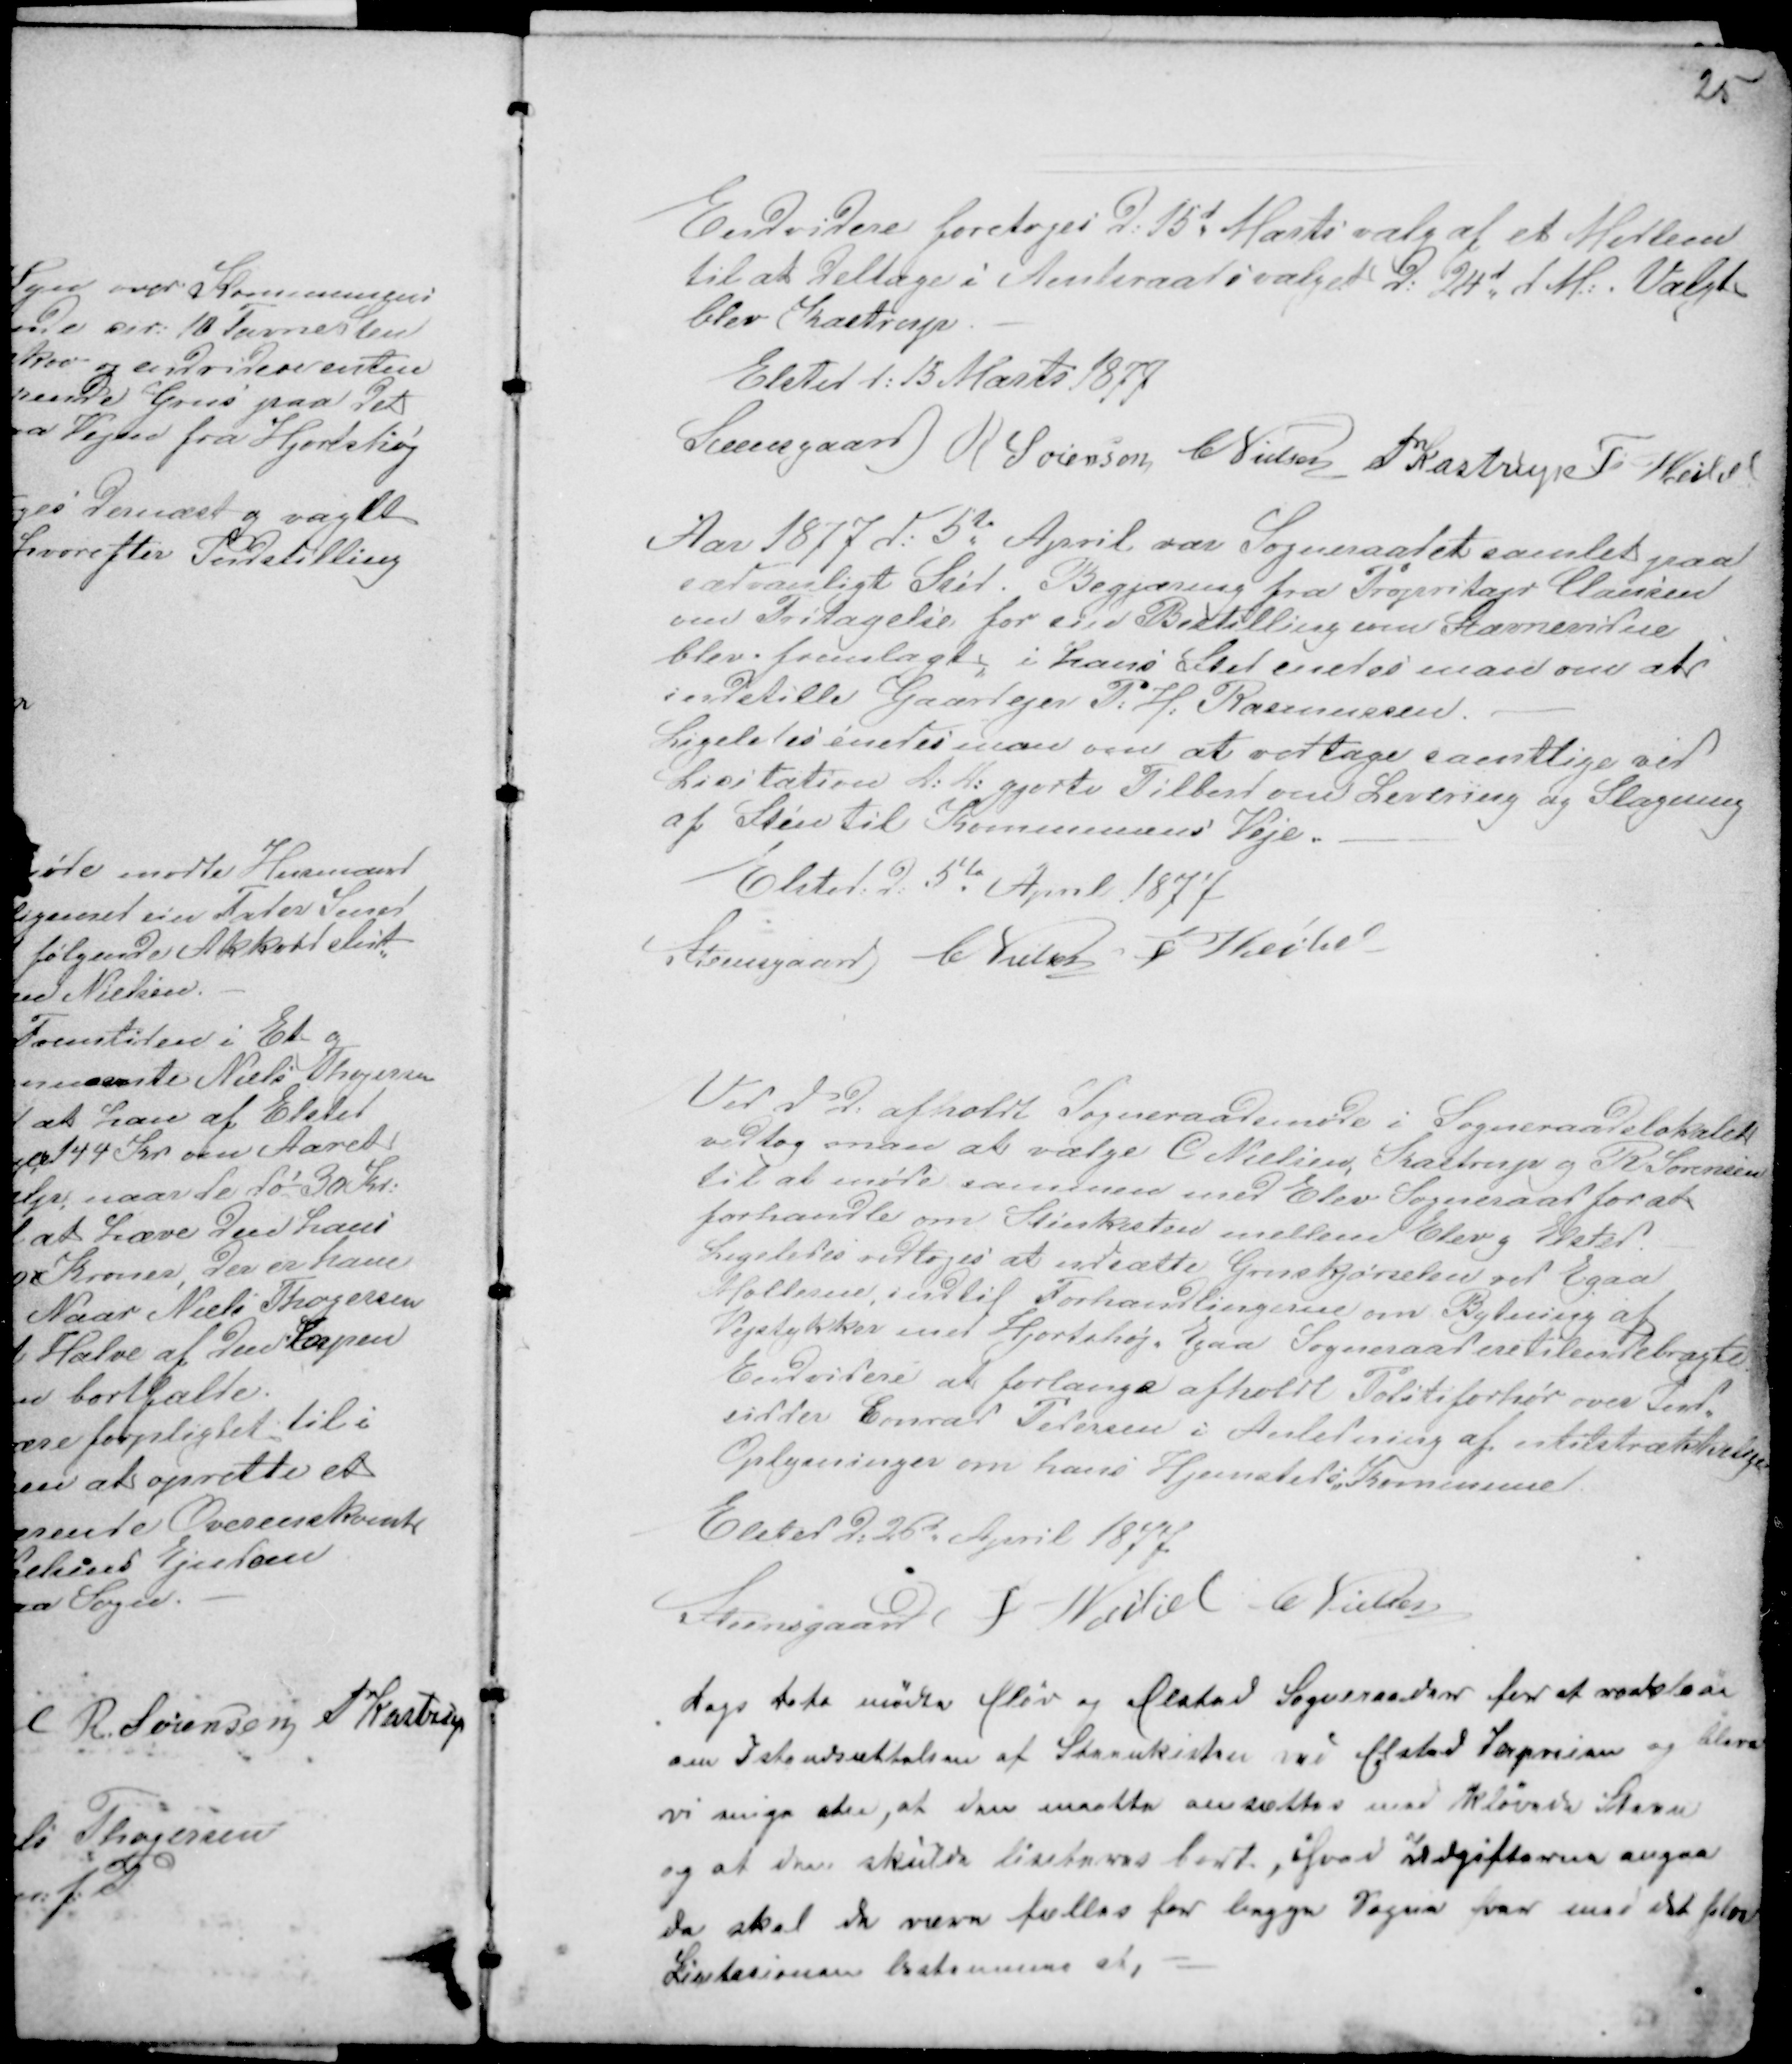
Transskription:
25

Endvidere foretoges D: 15d Marts valg af et Medlem
til at Deltage i Amtsraadsvalget d: 24d d M.: .Valgt
blev Kastrup. -
Elsted d: 13 Marts 1877
Steensgaard
R Sørensen CNielsen PKastrup Fr Veibel

Aar 1877 d: 5te April var Sogneraadet samlet paa
sædvanligt Sted. Begjæring fra Propritajn Clausen
om Fritagelse fra sin Bestilling som Stævnevidne
blev fremlagt, i hans Sted enedes man om at
indstille Gaardejer P: H: Rasmussen. -
Ligeledes enedes man om at vedtage samtlige ved
Licitation D: D: gjorte Tilbud om Levering og Slagning
af Sten til Kommunens Veje. -
Elsted: d: 5te April 1877
Steensgaard CNielsen F Veibel

Ved d d: afholdt Sogneraadsmøde i Sogneraadslokalet
vedtog man at vælge C Nielsen, Kastrup g R Sørensen
til at møde sammen med Elev Sogneraad for at
forhandle om Stenkisten mellem Elev g Elsted.
Ligeledes vedtoges at udsætte Gruskjørselen ved Egaa
Møllerne, indtil Forhandlingerne om Bytning af
Vejstykker med Hjortshøj - Egaa Sogneraad ere Tilendebragte.
Endvidere at forlange afholdt Politiforhør over Ind-
sidder Conrad Pedersen i Anledning af utilstrækkelige
Oplysninger om hans Hjemsteds-Kommune.
Elsted d: 25d April 1877
Steensgaard F Veibel CNielsen

Dags Dato mødte Elev og Elsted Sogneraader for at raadslaa
om Istandsættelsen af Stenkisten ved Elsted Terpveien og bleve
vi enige atn at den maatte omsættes med Kløvede Steen
og at den skulle lisiteres bort, hvad Udgifterne angaa
da skal de være fælles for begge Sogne hvor med det blev
Licitationen bestemmes at, -